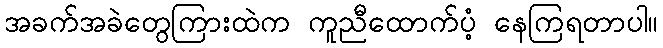
အခက်အခဲတွေကြားထဲက ကူညီထောက်ပံ့ နေကြရတာပါ။